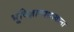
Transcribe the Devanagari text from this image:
भूविज्ञानशास्त्राला